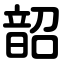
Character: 韶